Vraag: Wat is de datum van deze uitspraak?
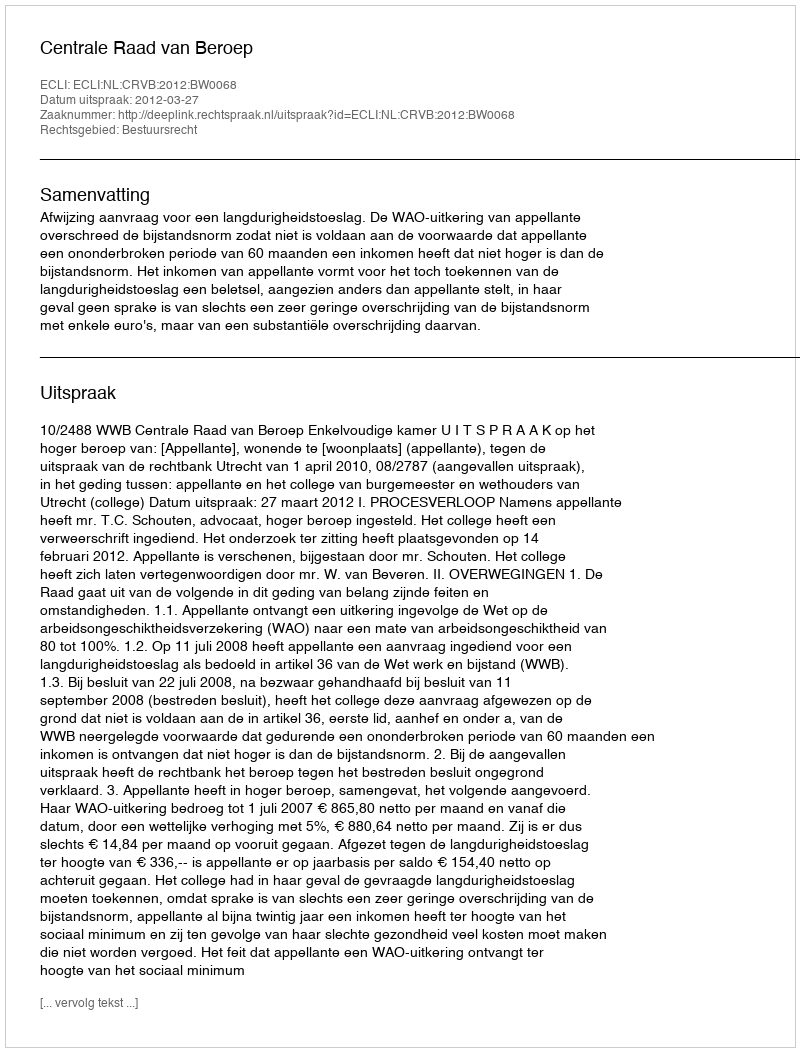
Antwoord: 2012-03-27